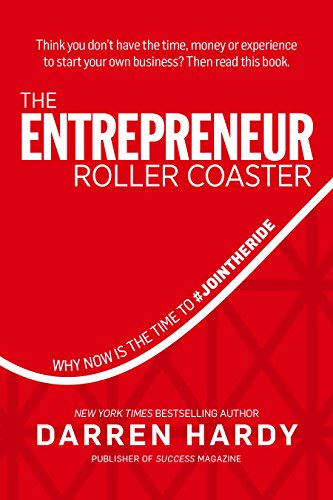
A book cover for The Entrepreneur Roller Coaster: Why Now Is the Time to #JoinTheRide; Darren Hardy; Business & Money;